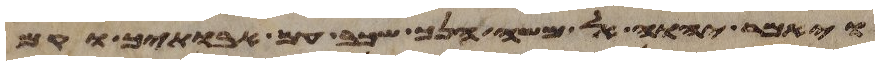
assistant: ויאמר יהוה אל משה הנך שכב עם אבתיך וקם